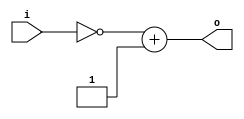
`timescale 1ns / 1ps

module twoscomplement(
    input [3:0] i,
    output [3:0] o
    );

assign o = (~i) + 1'b1;

endmodule